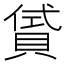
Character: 𧶣